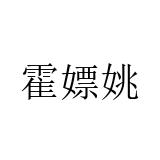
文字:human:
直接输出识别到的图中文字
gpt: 霍嫖姚